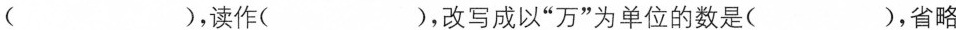
( )，读作( )，改写成以”万”为单位的数是( )，省略